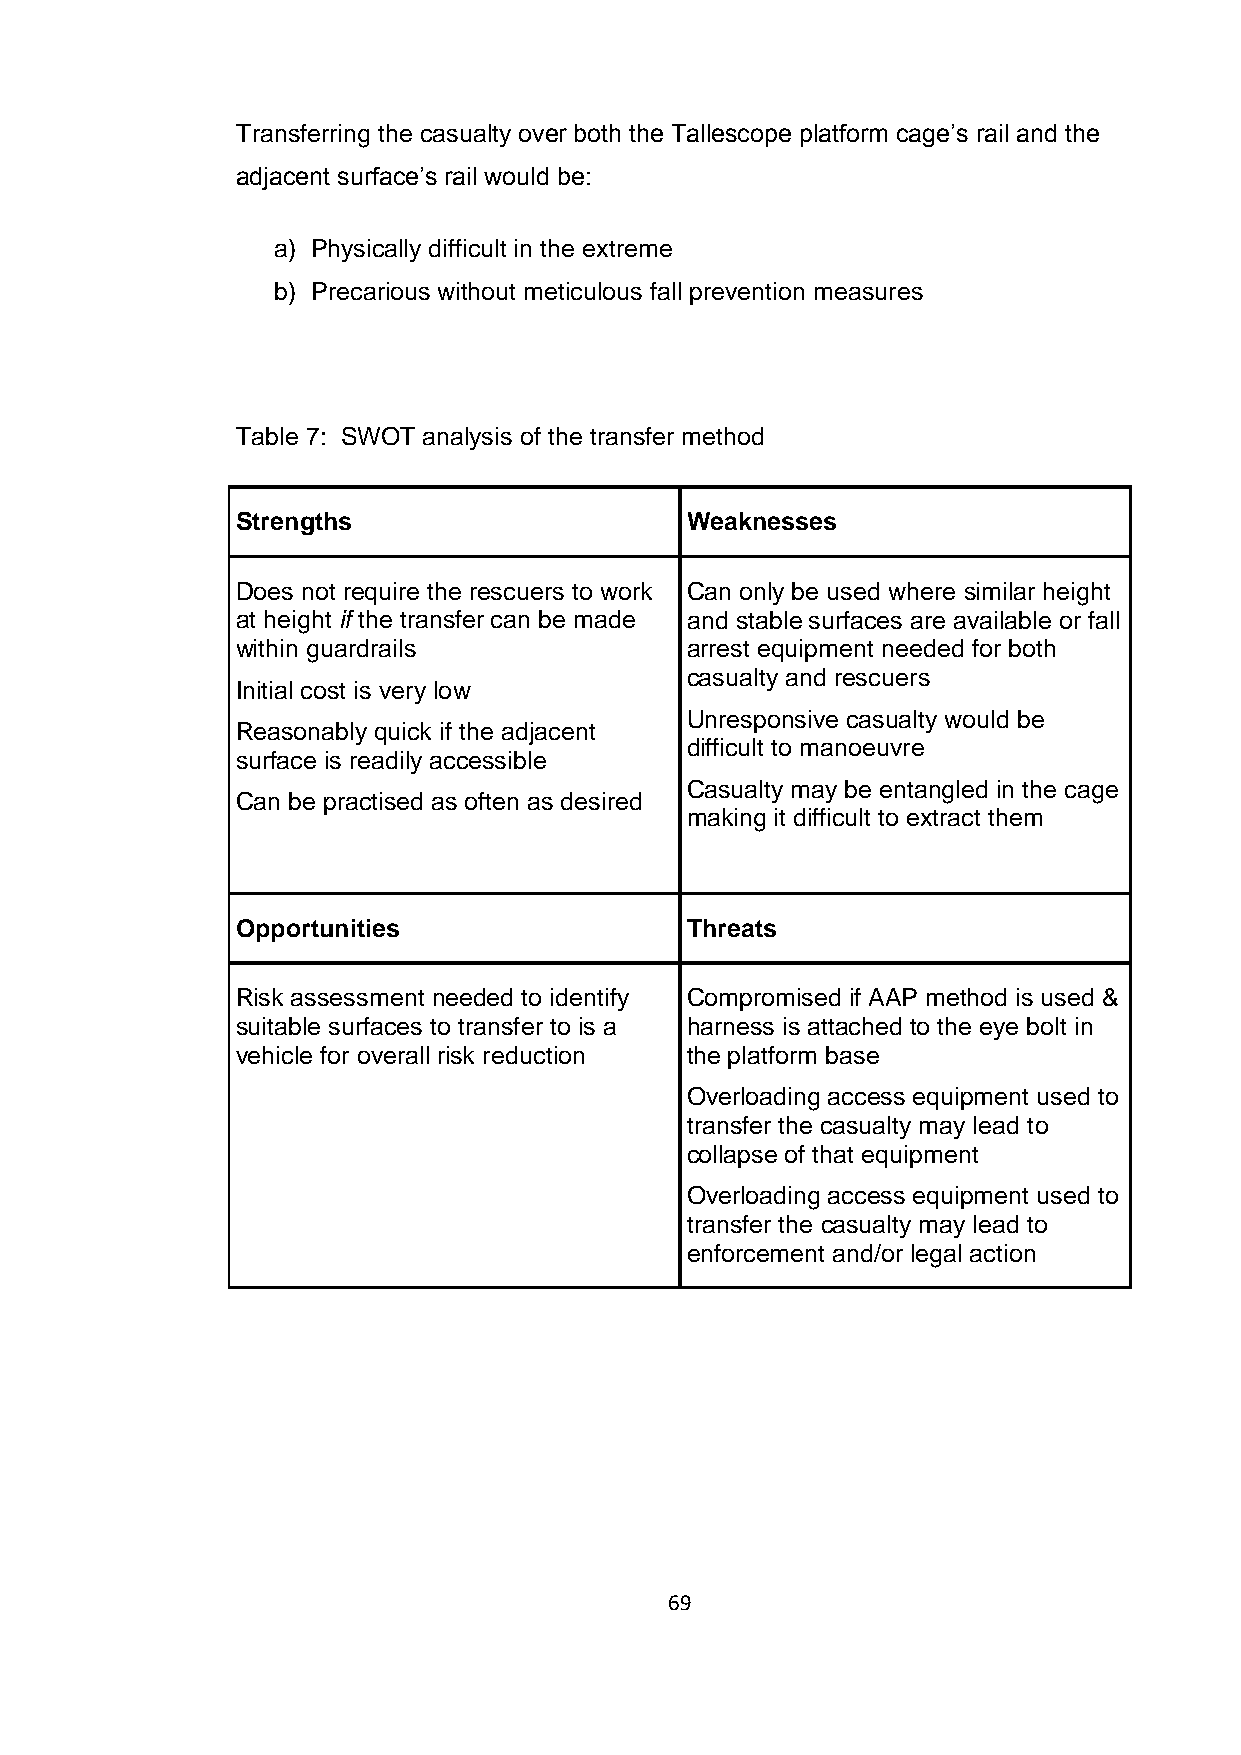
Transferring the casualty over both the Tallescope platform cage’s rail and the
 adjacent surface’s rail would be:
 a) Physically difficult in the extreme
 b) Precarious without meticulous fall prevention measures
 Table 7: SWOT analysis of the transfer method
 Strengths                    Weaknesses
 Does not require the rescuers to work Can only be used where similar height
 at height if the transfer can be made and stable surfaces are available or fall
 within guardrails            arrest equipment needed for both
 casualty and rescuers
 Initial cost is very low
 Unresponsive casualty would be
 Reasonably quick if the adjacent
 difficult to manoeuvre
 surface is readily accessible
 Casualty may be entangled in the cage
 Can be practised as often as desired
 making it difficult to extract them
 Opportunities                Threats
 Risk assessment needed to identify Compromised if AAP method is used &
 suitable surfaces to transfer to is a harness is attached to the eye bolt in
 vehicle for overall risk reduction the platform base
 Overloading access equipment used to
 transfer the casualty may lead to
 collapse of that equipment
 Overloading access equipment used to
 transfer the casualty may lead to
 enforcement and/or legal action
 69